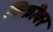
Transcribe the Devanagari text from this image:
विक्रीवर